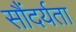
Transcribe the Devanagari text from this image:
सौंदर्यता